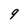
Character: 9